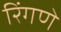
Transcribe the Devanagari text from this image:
रिंगणे